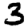
Digit: 3